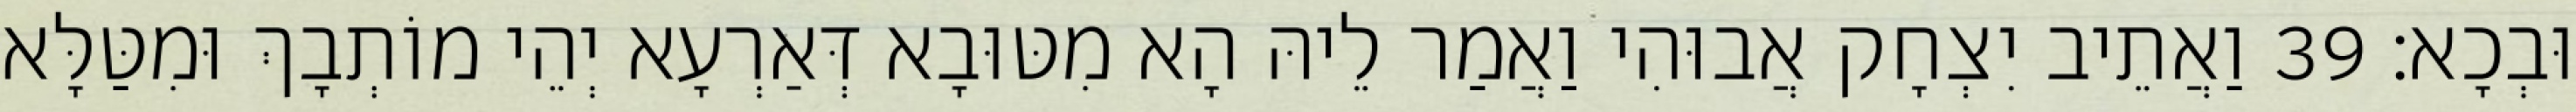
וּבְכָא׃ 39 וַאֲתֵיב יִצְחָק אֲבוּהִי וַאֲמַר לֵיהּ הָא מִטּוּבָא דְּאַרְעָא יְהֵי מוֹתְבָךְ וּמִטַּלָּא